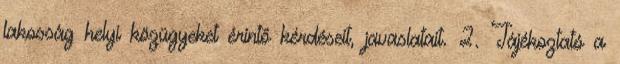
lakosság helyi közügyeket érintő kérdéseit, javaslatait. 2. Tájékoztató a